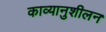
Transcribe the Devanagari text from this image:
काव्यानुशीलन